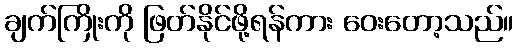
ချက်ကြိုးကို ဖြတ်နိုင်ဖို့ရန်ကား ဝေးတော့သည်။